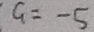
C = - 5